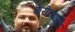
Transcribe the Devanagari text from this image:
फेरीच्याही